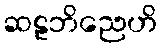
ဆဠဘိညေဟိ